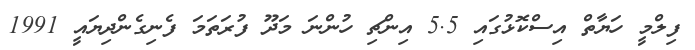
ފިލްމީ ހަޔާތް އިސްކޮޅުގައި 5.5 އިންޗި ހުންނަ މަދޫ ފުރަތަމަ ފެނިގެންދިޔައީ 1991